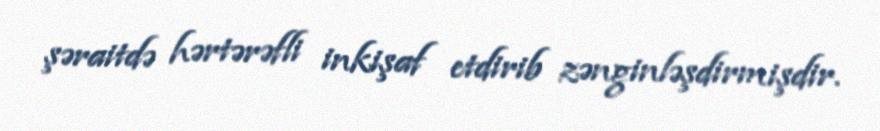
şəraitdə hərtərəfli inkişaf etdirib zənginləşdirmişdir.